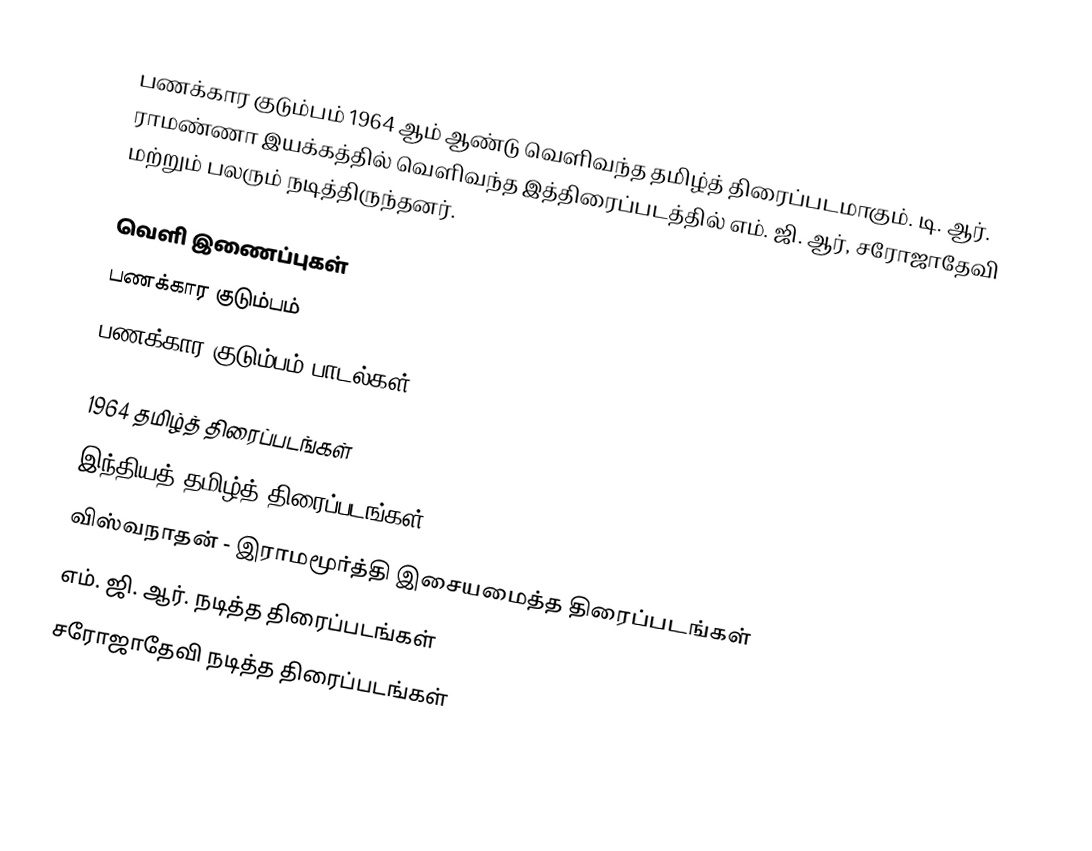
பணக்கார குடும்பம் 1964 ஆம் ஆண்டு வெளிவந்த தமிழ்த் திரைப்படமாகும். டி. ஆர். ராமண்ணா இயக்கத்தில் வெளிவந்த இத்திரைப்படத்தில் எம். ஜி. ஆர், சரோஜாதேவி மற்றும் பலரும் நடித்திருந்தனர்.

வெளி இணைப்புகள்
 பணக்கார குடும்பம்
 பணக்கார குடும்பம் பாடல்கள்

1964 தமிழ்த் திரைப்படங்கள்
இந்தியத் தமிழ்த் திரைப்படங்கள்
விஸ்வநாதன் - இராமமூர்த்தி இசையமைத்த திரைப்படங்கள்
எம். ஜி. ஆர். நடித்த திரைப்படங்கள்
சரோஜாதேவி நடித்த திரைப்படங்கள்